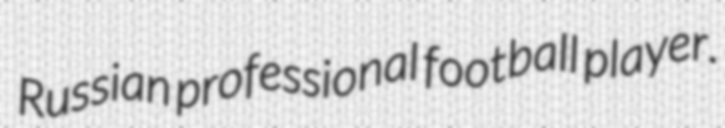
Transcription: Russian professional football player.